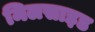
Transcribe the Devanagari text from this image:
मिलसाइड